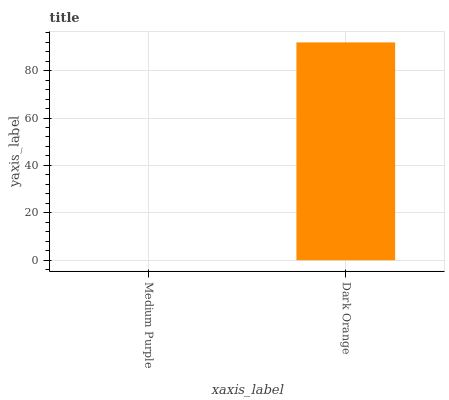
| xaxis_label | bars |
 | --- | --- |
 | Medium Purple | 0 |
 | Dark Orange | 91.9 |